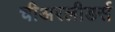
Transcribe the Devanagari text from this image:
चीअरलीडर्स